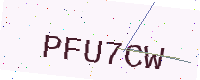
Text: PFU7CW